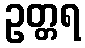
ဥတ္တရ